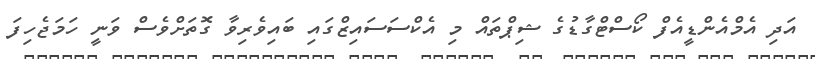
އަދި އެމްއެންޑީއެފް ކޯސްޓްގާޑުގެ ޝިޕްތައް މި އެކްސަސައިޒްގައި ބައިވެރިވާ ގޮތަށްވެސް ވަނީ ހަމަޖެހިފަ